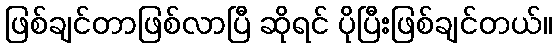
ဖြစ်ချင်တာဖြစ်လာပြီ ဆိုရင် ပိုပြီးဖြစ်ချင်တယ်။